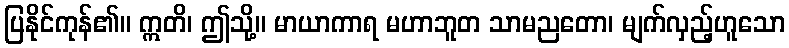
ပြနိုင်ကုန်၏။ ဣတိ၊ ဤသို့။ မာယာကာရ မဟာဘူတ သာမညတော၊ မျက်လှည့်ဟူသော